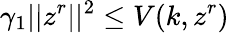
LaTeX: \gamma_{1}\lvert|z^{r}\rvert|^{2}\leq V(k,z^{r})